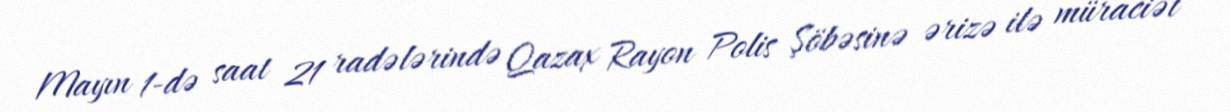
Mayın 1-də saat 21 radələrində Qazax Rayon Polis Şöbəsinə ərizə ilə müraciət